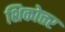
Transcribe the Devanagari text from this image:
शिकोत्तर